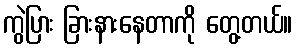
ကွဲပြား ခြားနားနေတာကို တွေ့တယ်။